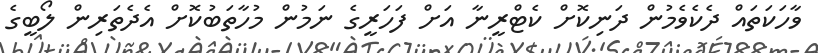
ވާހަކަތައް ދެކެވެމުން ދަނިކޮށް ކެޓްރީނާ އަށް ފަހަަރީގެ ނަމުން މުހާތަބުކޮށް އެދެތަރިން ލޯބީގެ